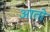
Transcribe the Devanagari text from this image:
आताे